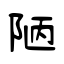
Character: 陋